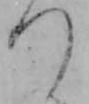
つ